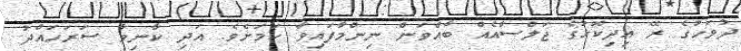
ދުވަހުގެ ރޭ އިދިކޮޅުގެ ޖަލްސާއެއް ބާއްވަން ނިންމާފައިވާ ކަމަށެވެ. އަދި ކާނިވާ ސަރަހައްދު